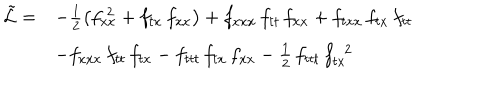
\begin{array} { r l } { { \tilde { { \cal L } } = } } & { { - \frac { 1 } { 2 } \left( f _ { x x } ^ { \; 2 } + f _ { t x } \, f _ { x x } \right) + f _ { x x x } \, f _ { t t } \, f _ { x x } + f _ { t x x } \, f _ { t x } \, f _ { t t } } } \\ { { } } & { { - f _ { x x x } \, f _ { t t } \, f _ { t x } - f _ { t t t } \, f _ { t x } \, f _ { x x } - \frac { 1 } { 2 } \, f _ { t t t } \, f _ { t x } ^ { \; \; 2 } } } \\ \end{array}